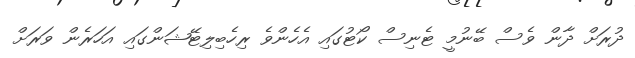
ދުރަށް ދާން ވެސް ބޭނުމީ ޓެނިސް ކޯޓުގައި އެހެންވެ ރިހެބިލިޓޭޝަންގައި އަހަރެން ވަރަށް